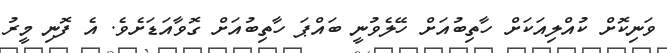
ވަނިކޮށް ކުއްލިއަކަށް ހާތިބުއަށް ހޭލެވުނީ ބައްޕަ ހާތިބުއަށް ގޮވާއަޑަށެވެ. އެ ފޮނި މީރު